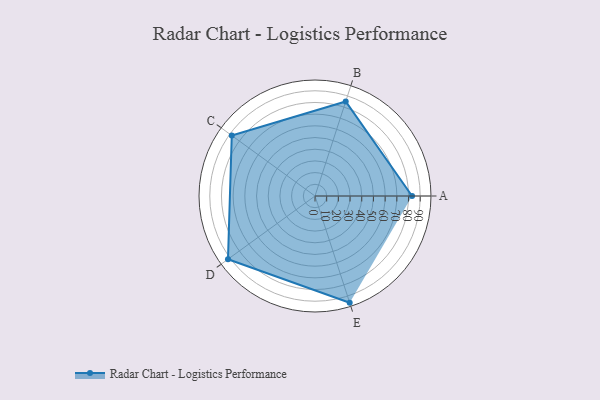
{"axis": {"x": "Skill", "y": "Score"}, "legend": ["Profile"], "data": [{"x": "A", "y": 83.0, "type": "Profile"}, {"x": "B", "y": 85.0, "type": "Profile"}, {"x": "C", "y": 88.0, "type": "Profile"}, {"x": "D", "y": 92.0, "type": "Profile"}, {"x": "E", "y": 96.0, "type": "Profile"}]}